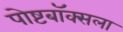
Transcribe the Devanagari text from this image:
पोष्टबॉक्सला